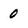
Character: 0